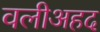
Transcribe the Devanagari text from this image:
वलीअहद